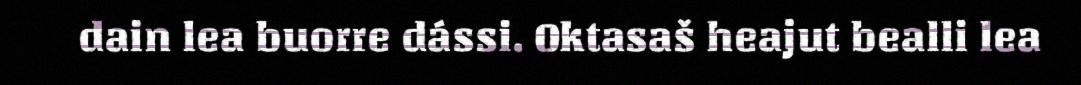
dain lea buorre dássi. Oktasaš heajut bealli lea